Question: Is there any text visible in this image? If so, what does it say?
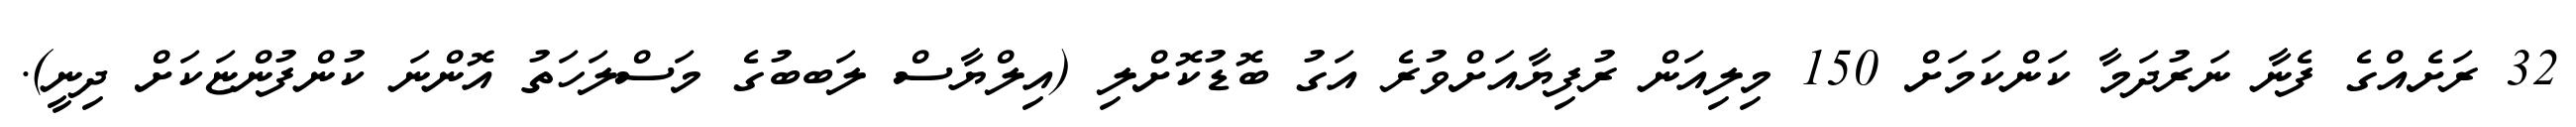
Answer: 32 ރަށެއްގެ ފެނާ ނަރުދަމާ ކަންކަމަށް 150 މިލިއަން ރުފިޔާއަށްވުރެ އަގު ބޮޑުކޮށްލި (އިލްޔާސް ލަބބުގެ މަސްލަހަތު އޮންނަ ކުންފުންޏަކަށް ދިނީ).